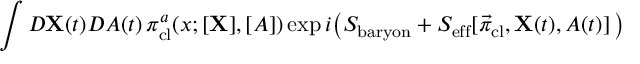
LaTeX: \int { \cal D } { \bf X } ( t ) { \cal D } A ( t ) \, \pi _ { \mathrm { c l } } ^ { a } ( x ; [ { \bf X } ] , [ A ] ) \exp i \big ( S _ { \mathrm { b a r y o n } } + S _ { \mathrm { e f f } } [ \vec { \pi } _ { \mathrm { c l } } , { \bf X } ( t ) , A ( t ) ] \, \big )